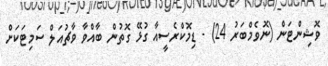
ވޮޝިންޓަން (ނޮވެމްބަރު 24) - ޑިމޮކްރެސީއާ ގުޅޭ ގޮތުން ބާއްވާ ވާޗުއަލް ސަމިޓަކަށް